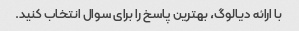
با ارائه دیالوگ، بهترین پاسخ را برای سوال انتخاب کنید.